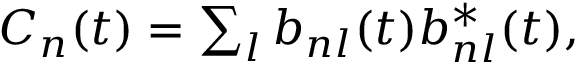
\begin{array} { r } { C _ { n } ( t ) = \sum _ { l } b _ { n l } ( t ) b _ { n l } ^ { * } ( t ) , } \end{array}